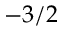
- 3 / 2